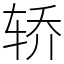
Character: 轿